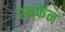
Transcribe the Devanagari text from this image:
स्मर्फेन